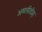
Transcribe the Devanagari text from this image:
अमलीडीह